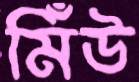
মিঁউ